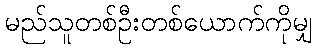
မည်သူတစ်ဦးတစ်ယောက်ကိုမျှ